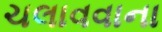
ચલાવવાના